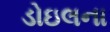
ડોઇલના